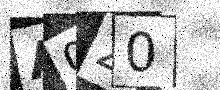
Text: A0Z0